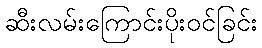
ဆီးလမ်းကြောင်းပိုးဝင်ခြင်း